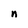
Character: n